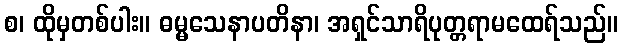
စ၊ ထိုမှတစ်ပါး။ ဓမ္မသေနာပတိနာ၊ အရှင်သာရိပုတ္တရာမထေရ်သည်။